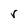
Character: r